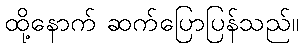
ထို့နောက် ဆက်ပြောပြန်သည်။